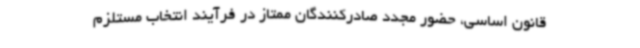
قانون اساسی، حضور مجدد صادرکنندگان ممتاز در فرآیند انتخاب مستلزم